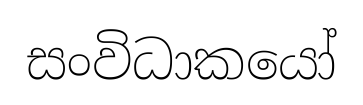
සංවිධාකයෝ